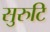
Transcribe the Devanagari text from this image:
सुरुटि